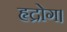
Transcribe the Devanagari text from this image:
हृद्रोग।